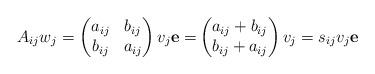
LaTeX: \begin{align*}A_{ij}w_{j}=\begin{pmatrix}a_{ij} & b_{ij} \\b_{ij} & a_{ij}\end{pmatrix}v_{j}\mathbf{e=}\begin{pmatrix}a_{ij}+b_{ij} \\b_{ij}+a_{ij}\end{pmatrix}v_{j}=s_{ij}v_{j}\mathbf{e}\end{align*}